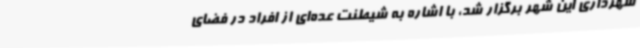
شهرداری این شهر برگزار شد، با اشاره به شیطنت عده‌ای از افراد در فضای